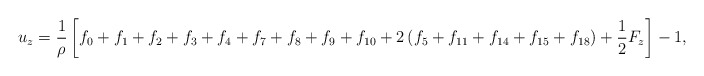
\begin{align*}{u_z} = \frac{1}{\rho }\left[ {{f_0} + {f_1} + {f_2} + {f_3} + {f_4} + {f_7} + {f_8} + {f_9} + {f_{10}} + 2\left( {{f_5} + {f_{11}} + {f_{14}} + {f_{15}} + {f_{18}}} \right) + \frac{1}{2}{F_z}} \right] - 1,\end{align*}